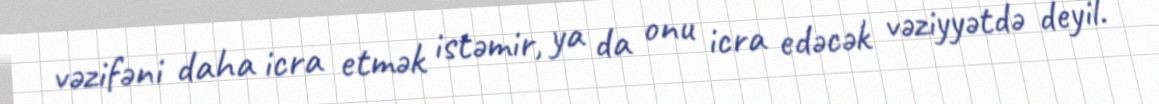
vəzifəni daha icra etmək istəmir, ya da onu icra edəcək vəziyyətdə deyil.